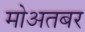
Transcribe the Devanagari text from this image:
मोअतबर